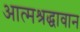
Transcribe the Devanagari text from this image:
आत्मश्रद्धावान